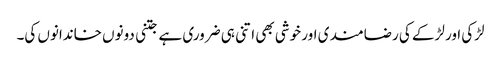
لڑکی اور لڑکے کی رضامند ی اور خوشی بھی اتنی ہی ضروری ہے جتنی دونوں خاندانوں کی۔